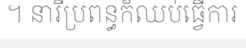
។ នារីប្រពន្ធក៏ឈប់ធ្វើការ